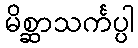
မိစ္ဆာသင်္ကပ္ပါ